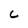
Character: c